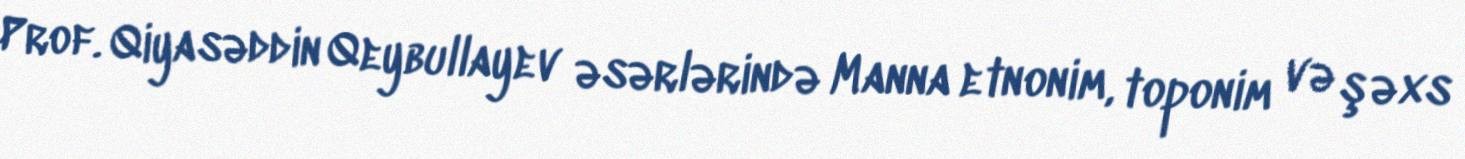
Prof. Qiyasəddin Qeybullayev əsərlərində Manna etnonim, toponim və şəxs